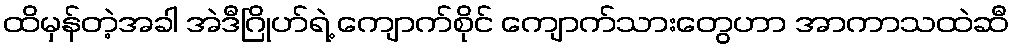
ထိမှန်တဲ့အခါ အဲဒီဂြိုဟ်ရဲ့ ကျောက်စိုင် ကျောက်သားတွေဟာ အာကာသထဲဆီ